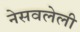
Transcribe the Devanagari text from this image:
नेसवलेली